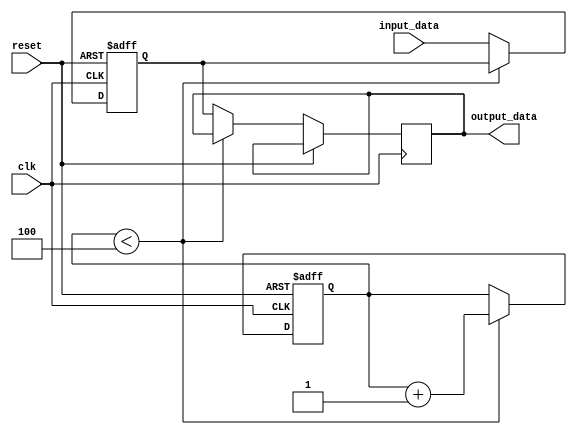
module BufferDelay (
    input wire clk,
    input wire reset,
    input wire [7:0] input_data,
    output reg [7:0] output_data
);

reg [7:0] buffer;
reg [3:0] delay_count;

always @(posedge clk or posedge reset) begin
    if (reset) begin
        buffer <= 8'b0;
        delay_count <= 4'b0;
    end else begin
        if (delay_count < 4) begin
            delay_count <= delay_count + 1;
        end else begin
            buffer <= input_data;
            output_data <= buffer;
        end
    end
end

endmodule